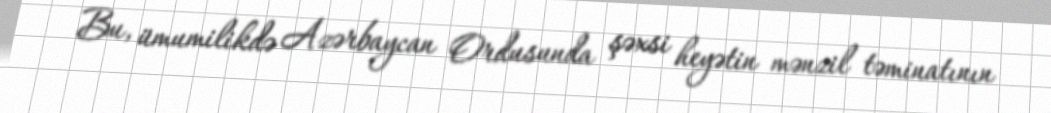
Bu, ümumilikdə Azərbaycan Ordusunda şəxsi heyətin mənzil təminatının